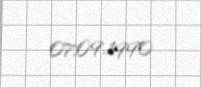
07.09.1990